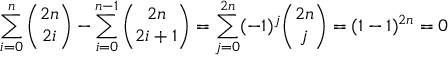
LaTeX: \sum _ { i = 0 } ^ { n } { \binom { 2 n } { 2 i } } - \sum _ { i = 0 } ^ { n - 1 } { \binom { 2 n } { 2 i + 1 } } = \sum _ { j = 0 } ^ { 2 n } ( - 1 ) ^ { j } { \binom { 2 n } { j } } = ( 1 - 1 ) ^ { 2 n } = 0